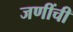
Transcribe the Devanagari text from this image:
जणींची